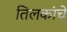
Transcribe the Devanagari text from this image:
तिलकांचे